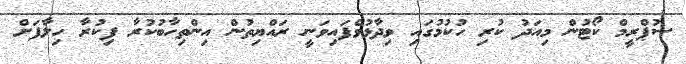
ސުޕްރީމް ކޯޓުން މިއަދު ކުރި ހުކުމުގައި ވިދާޅުވެފައިވަނީ ރައްޔިތުން އިންތިހާބުކުރާ ފިކުރާ ހިލާފަށް